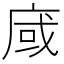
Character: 𢈿